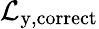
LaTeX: \mathcal{L}_{\mathrm{y},\mathrm{correct}}